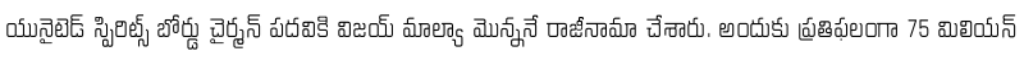
యునైటెడ్ స్పిరిట్స్ బోర్డు చైర్మన్ పదవికి విజయ్ మాల్యా మొన్ననే రాజీనామా చేశారు. అందుకు ప్రతిఫలంగా 75 మిలియన్